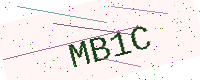
Text: MB1C